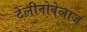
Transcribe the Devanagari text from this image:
टेलीनोवेलाज